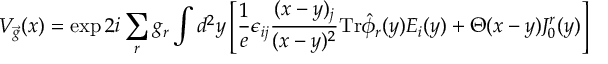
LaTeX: V _ { \vec { g } } ( x ) = \exp 2 i \sum _ { r } g _ { r } \int d ^ { 2 } y \left[ \frac { 1 } { e } \epsilon _ { i j } { \frac { ( x - y ) _ { j } } { ( x - y ) ^ { 2 } } } \mathrm { T r } \hat { \phi } _ { r } ( y ) E _ { i } ( y ) + \Theta ( x - y ) J _ { 0 } ^ { r } ( y ) \right]